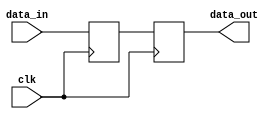
///////////////////////////////////////////////////////////////////////////
// Company: VB Tech
//
// Design Name: Synchronous Block
// Module Name: sync.v
// Project Name: BIST Ethernet Packet
// Target Device: KU5P
// Tool Versions: 2019.2
// Description: Synchronous 2 D Flip-flop
//
// Dependencies:
//
// Revision:
// Revision 0.01 - File Created
// Additional Comments:
//
/////////////////////////////////////////////////////////////////////////

module sync #(parameter  DATA_WIDTH = 4) (
	input                       clk     ,
	input      [DATA_WIDTH-1:0] data_in ,
	output reg [DATA_WIDTH-1:0] data_out
);

/////////////////////////////////////////////////////////////////////////
// Parameter Declarations


	reg [DATA_WIDTH-1:0] temp;

always @(posedge clk) begin
	temp <= data_in;
end

always @(posedge clk) begin
	data_out <= temp;
end

endmodule